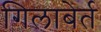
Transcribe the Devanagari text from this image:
गिलाबेर्त